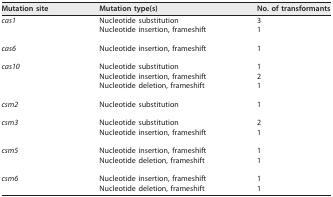
<table><thead><tr><td><b>Mutation site</b></td><td><b>Mutation type(s)</b></td><td><b>No. of transformants</b></td></tr></thead><tbody><tr><td><i>cas1</i></td><td>Nucleotide substitution</td><td>3</td></tr><tr><td></td><td>Nucleotide insertion, frameshift</td><td>1</td></tr><tr><td><i>cas6</i></td><td>Nucleotide insertion, frameshift</td><td>1</td></tr><tr><td><i>cas10</i></td><td>Nucleotide substitution</td><td>1</td></tr><tr><td></td><td>Nucleotide insertion, frameshift</td><td>2</td></tr><tr><td></td><td>Nucleotide deletion, frameshift</td><td>1</td></tr><tr><td><i>csm2</i></td><td>Nucleotide substitution</td><td>1</td></tr><tr><td><i>csm3</i></td><td>Nucleotide substitution</td><td>2</td></tr><tr><td></td><td>Nucleotide insertion, frameshift</td><td>1</td></tr><tr><td><i>csm5</i></td><td>Nucleotide insertion, frameshift</td><td>1</td></tr><tr><td></td><td>Nucleotide deletion, frameshift</td><td>1</td></tr><tr><td><i>csm6</i></td><td>Nucleotide insertion, frameshift</td><td>1</td></tr><tr><td></td><td>Nucleotide deletion, frameshift</td><td>1</td></tr></tbody></table>